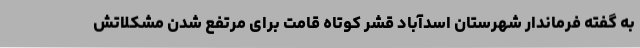
به گفته فرماندار شهرستان اسدآباد قشر کوتاه قامت برای مرتفع شدن مشکلاتش